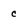
Character: c